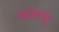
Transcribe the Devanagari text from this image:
आलमपूर